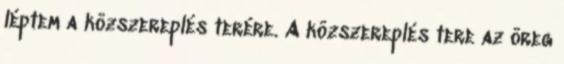
léptem a közszereplés terére. A közszereplés tere az öreg